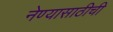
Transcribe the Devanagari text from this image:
नेण्यासाठीची